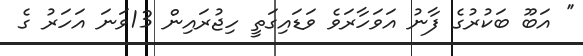
'' އަބޫ ބަކުރުގެ ފާނު އަވަހާރަވެ ވަޑައިގަތީ ހިޖުރައިން 13ވަނަ އަހަރު ގެ